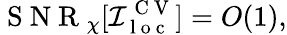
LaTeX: \mathrm{~S~N~R~}_{\chi}[\mathcal{I}_{\mathrm{~l~o~c~}}^{\mathrm{~C~V~}}]=O(1),